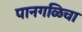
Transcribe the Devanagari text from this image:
पानगळिचा